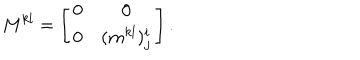
LaTeX: M ^ { k l } = \left[ \begin{array} { c c } { { 0 } } & { { 0 } } \\ { { 0 } } & { { ( m ^ { k l } ) _ { j } ^ { i } } } \\ \end{array} \right] .